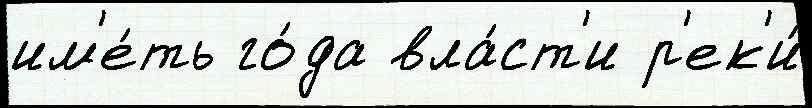
им'е́ть го́да вла́ст'и р'ек'и́